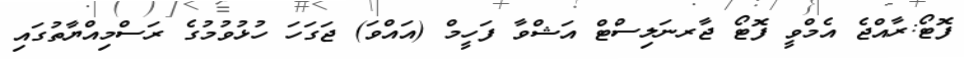
ފޮޓޯ:ރާއްޖެ އެމްވީ ފޮޓޯ ޖާރނަލިސްޓް އަޝްވާ ފަހީމް (އައްވަ) ޖަގަހަ ހުޅުވުމުގެ ރަސްމިއްޔާތުގައި